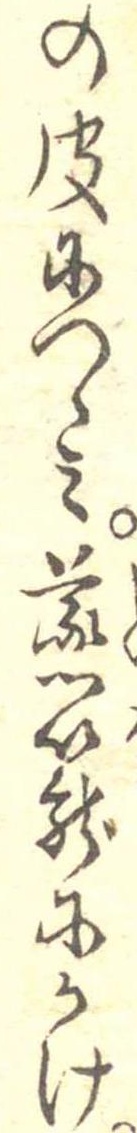
の皮につゝみ蒸篭にかけ